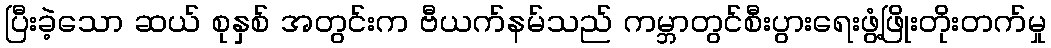
ပြီးခဲ့သော ဆယ် စုနှစ် အတွင်းက ဗီယက်နမ်သည် ကမ္ဘာတွင်စီးပွားရေးဖွံ့ဖြိုးတိုးတက်မှု